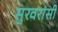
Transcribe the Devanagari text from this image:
सुरवरांसी